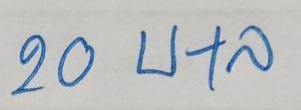
20 บ+ล